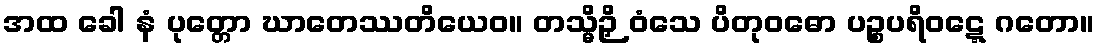
အထ ခေါ နံ ပုတ္တော ဃာတေဿတိယေဝ။ တသ္မိဉှိ ဝံသေ ပိတုဝဓော ပဉ္စပရိဝဋ္ဋေ ဂတော။